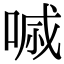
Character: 𠷼